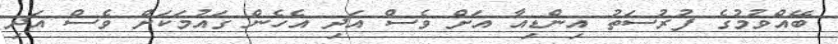
ބޭއްވުމުގެ ފުރުސަތު އިންޑިއާ އަށް ވެސް އަދި އެހެން ގައުމަކަށް ވެސް އަދި